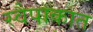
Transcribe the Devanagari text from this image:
स्वैपाकात